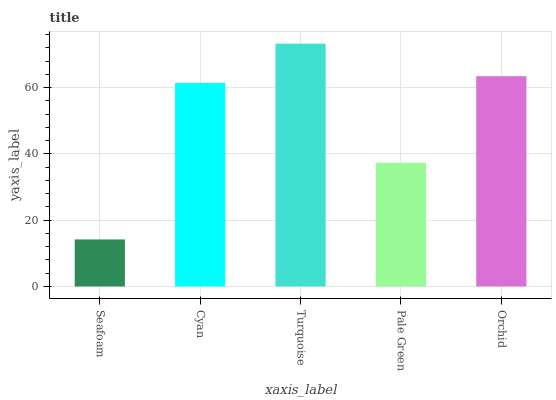
| xaxis_label | bars |
 | --- | --- |
 | Seafoam | 14.2 |
 | Cyan | 61.4 |
 | Turquoise | 73.2 |
 | Pale Green | 37.3 |
 | Orchid | 63.4 |